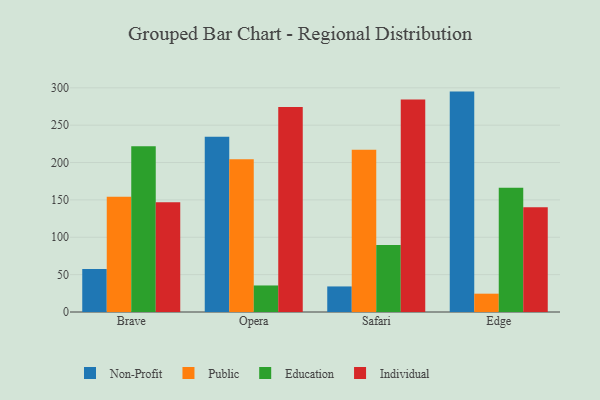
{"axis": {"x": "Browser", "y": "Customer Acquisition Cost (USD)"}, "legend": ["Education", "Individual", "Non-Profit", "Public"], "data": [{"x": "Brave", "y": 57.6, "type": "Non-Profit"}, {"x": "Brave", "y": 154.2, "type": "Public"}, {"x": "Brave", "y": 221.8, "type": "Education"}, {"x": "Brave", "y": 146.8, "type": "Individual"}, {"x": "Opera", "y": 234.4, "type": "Non-Profit"}, {"x": "Opera", "y": 204.3, "type": "Public"}, {"x": "Opera", "y": 35.5, "type": "Education"}, {"x": "Opera", "y": 274.2, "type": "Individual"}, {"x": "Safari", "y": 34.2, "type": "Non-Profit"}, {"x": "Safari", "y": 217.2, "type": "Public"}, {"x": "Safari", "y": 89.7, "type": "Education"}, {"x": "Safari", "y": 284.3, "type": "Individual"}, {"x": "Edge", "y": 294.9, "type": "Non-Profit"}, {"x": "Edge", "y": 24.5, "type": "Public"}, {"x": "Edge", "y": 166.3, "type": "Education"}, {"x": "Edge", "y": 140.0, "type": "Individual"}]}